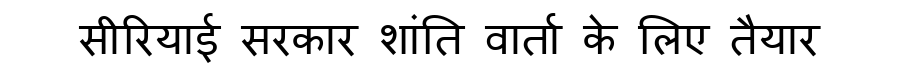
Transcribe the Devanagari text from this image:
सीरियाई सरकार शांति वार्ता के लिए तैयार